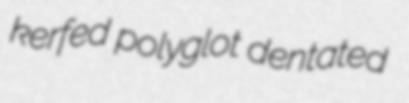
kerfed polyglot dentated